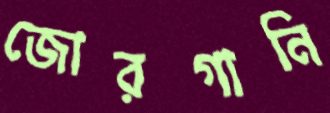
জোরগানি